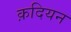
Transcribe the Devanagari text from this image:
क़दियन